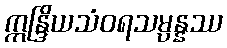
ဣန္ဒြိယသံဝရသမ္ပန္နဿ